Insane asylums in Bengal annual reports 1867-1875 - 1867-1875
Year: 1867
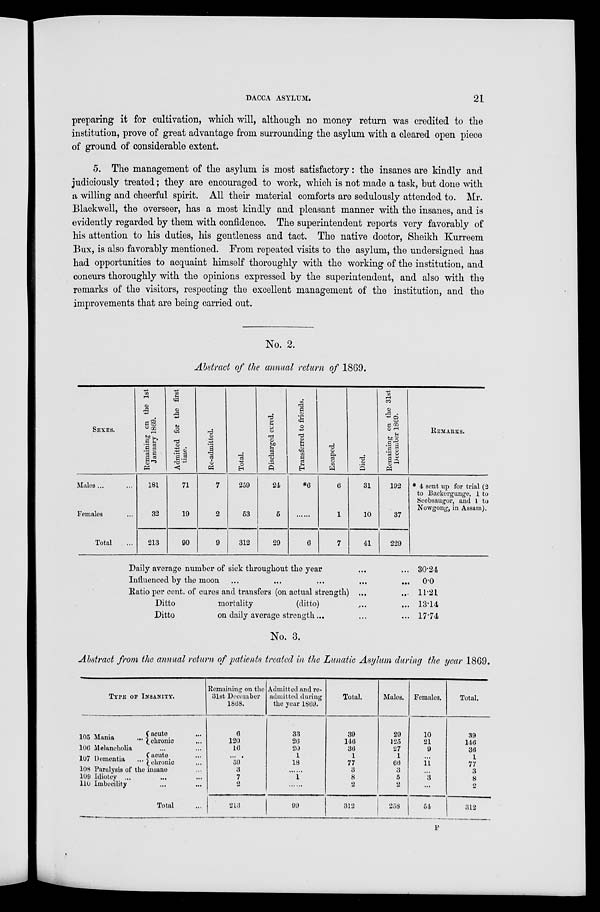
DACCA ASYLUM.
21
preparing it for cultivation, which will, although no money return was credited to the
institution, prove of great advantage from surrounding the asylum with a cleared open piece
of ground of considerable extent.
5. The management of the asylum is most satisfactory : the insanes are kindly and
judiciously treated ; they are encouraged to work, which is not made a task, but done with
a willing and cheerful spirit. All their material comforts are sedulously attended to. Mr.
Blackwell, the overseer, has a most kindly and pleasant manner with the insanes, and is
evidently regarded by them with confidence. The superintendent reports very favorably of
his attention to his duties, his gentleness and tact. The native doctor, Sheikh Kurreem
Bux, is also favorably mentioned. From repeated visits to the asylum, the undersigned has
had opportunities to acquaint himself thoroughly with the working of the institution, and
concurs thoroughly with the opinions expressed by the superintendent, and also with the
remarks of the visitors, respecting the excellent management of the institution, and the
improvements that are being carried out.
No. 2.
Abstract of the annual return of 1869.
SEXES.
Males ... ...
Females ...
Total ...
Remaining on the 1st
January 1869.
181
32
213
Admitted for the first
time.
71
19
90
Re-admitted.
7
2
9
Total.
259
53
312
Discharged cured.
24
5
29
Transferred to friends.
*6
......
6
Escaped.
6
1
7
Died.
31
10
41
Remaining on the 31st
December 1869.
192
37
229
REMARKS.
* 4 sent up for trial (2
to Backergunge, 1 to
Seebsaugor, and 1 to
Nowgong, in Assam).
Daily average number of sick throughout the year ... ...
Influenced by the moon ... ... ... ... ...
Ratio per cent. of cures and transfers (on actual strength) ... ...
Ditto
mortality
(ditto) ... ...
Ditto
on daily average strength ... ... ...
30.24
0.0
11.21
13.14
17.74
No. 3.
Abstract from the annual return of patients treated in the Lunatic Asylum during the year 1869.
TYPE OF INSANITY.
105 Mania
...
acute
...
chronic ...
106 Melancholia ... ...
107 Dementia ...
acute ...
chronic ...
108 Paralysis of the insane ...
109 Idiotcy ... ... ...
110 Imbecility ... ... ...
Total ...
Remaining on the
31st December
1868.
6
120
16
...
59
3
7
2
213
Admitted and re-
admitted during
the year 1869.
33
26
20
1
18
......
1
......
99
Total.
39
146
36
1
77
3
8
2
312
Males.
29
125
27
1
66
3
5
2
258
Females.
10
21
9
...
11
...
3
...
54
Total.
39
146
36
1
77
3
8
2
312
F